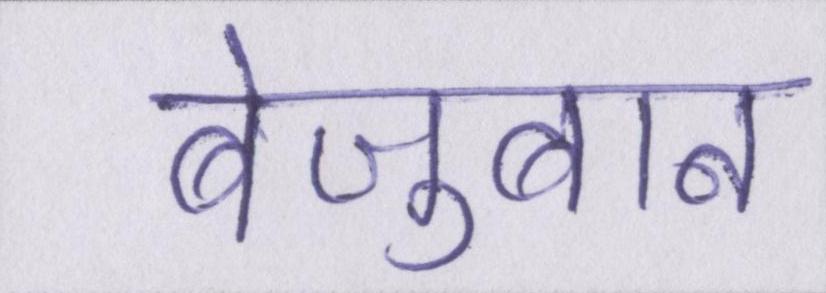
बेज़ुबान